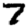
Digit: 7